65_HS1-834228961_62-HQ-83894_Section_1
Agency: FBI
Page 102
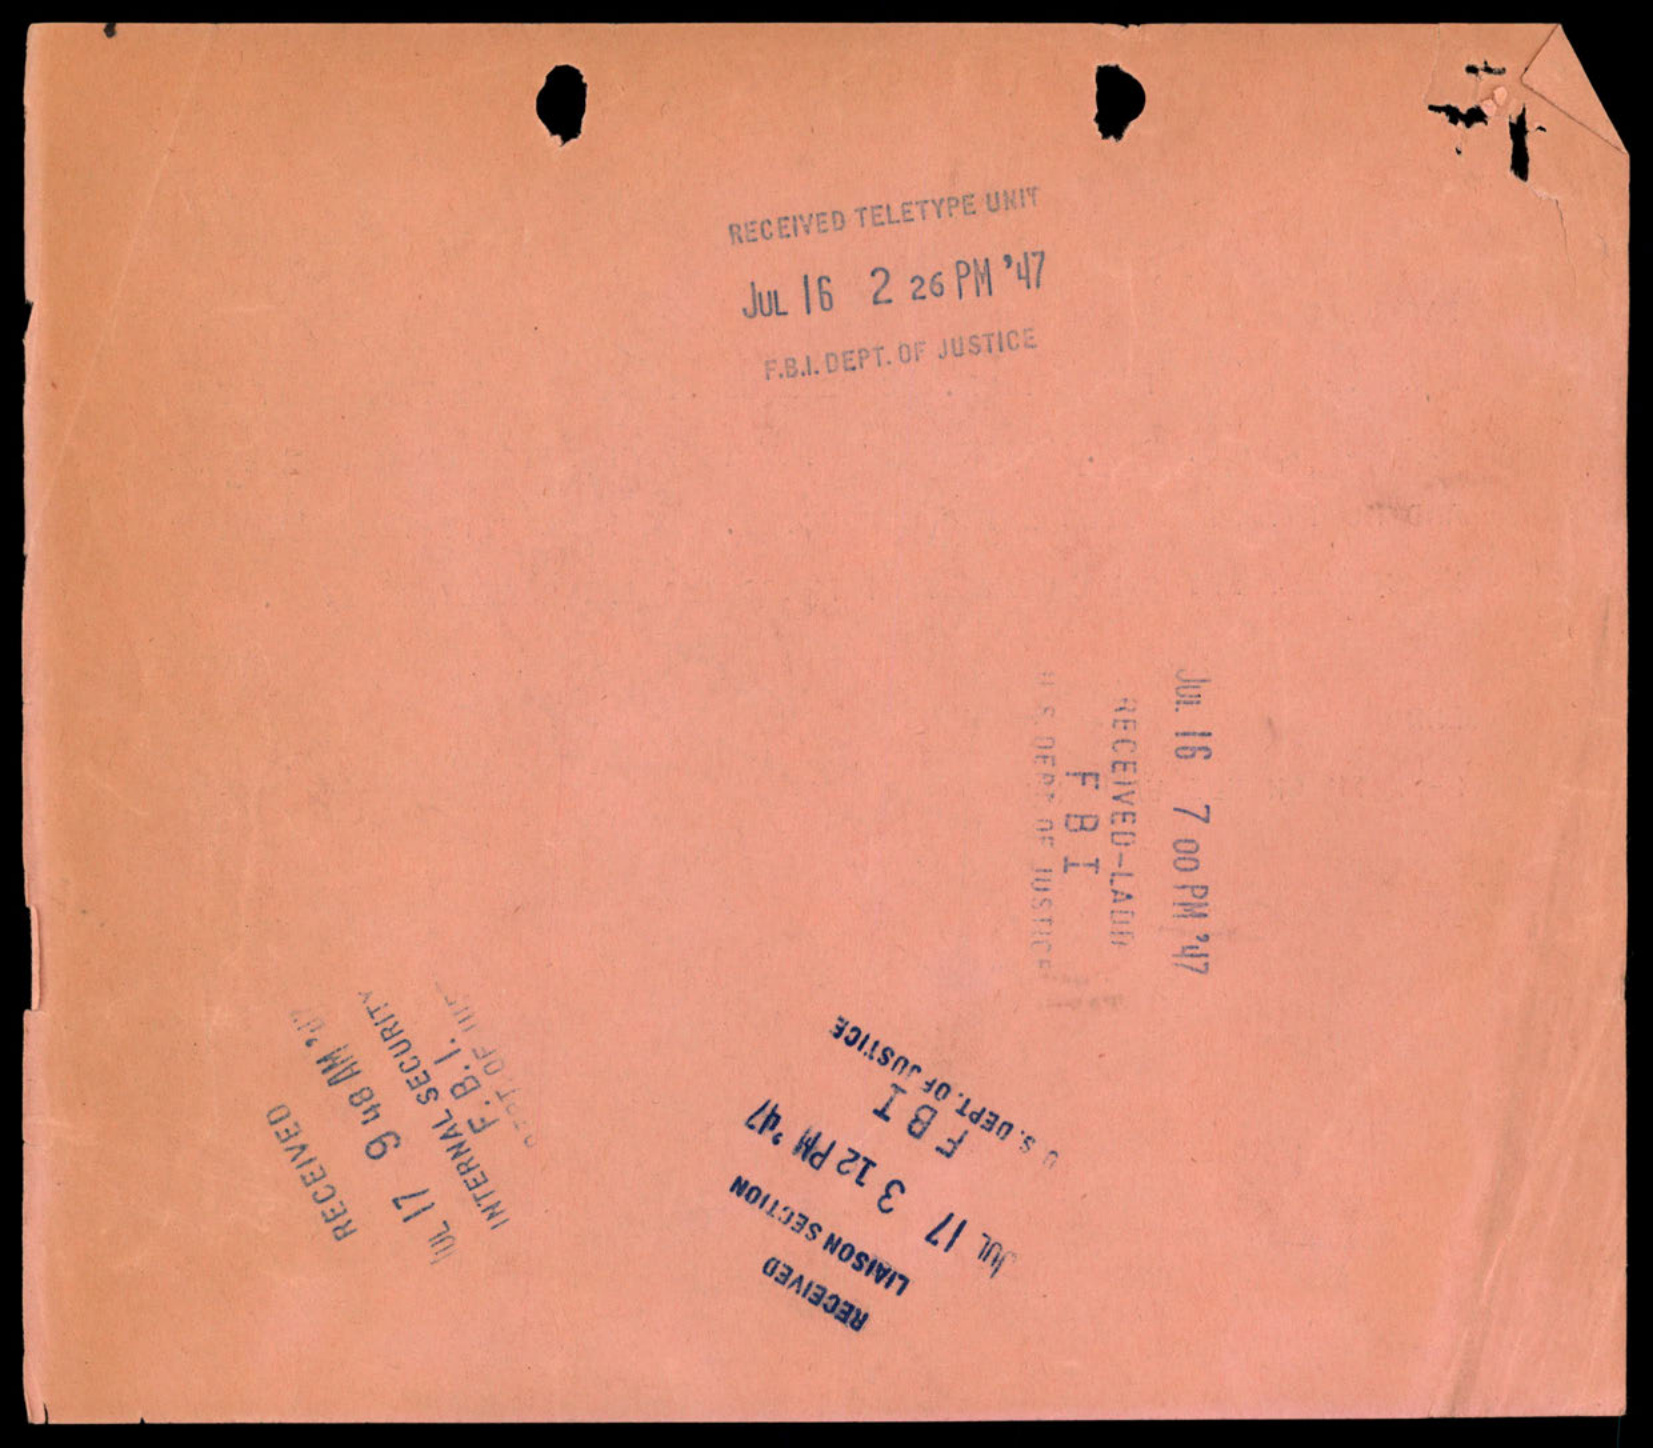